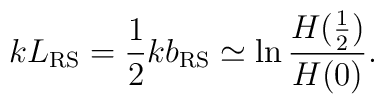
k L_{\rm RS} = \frac12 k b_{\rm RS} \simeq\ln\frac{H(\frac12)}{H(0)}.